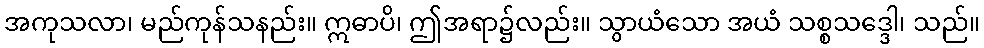
အကုသလာ၊ မည်ကုန်သနည်း။ ဣဓာပိ၊ ဤအရာ၌လည်း။ သွာယံသော အယံ သစ္စသဒ္ဒေါ၊ သည်။